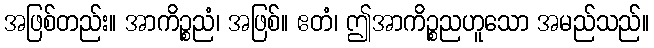
အဖြစ်တည်း။ အာကိဉ္စညံ၊ အဖြစ်။ ဧတံ၊ ဤအာကိဉ္စညဟူသော အမည်သည်။